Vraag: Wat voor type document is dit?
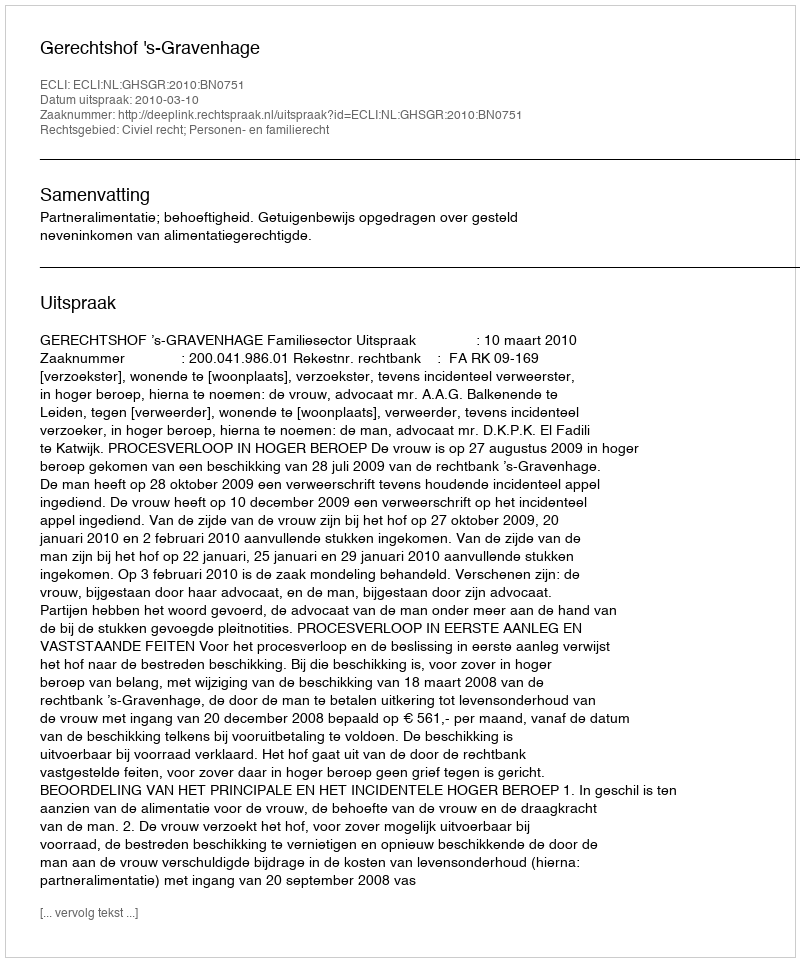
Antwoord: Uitspraak